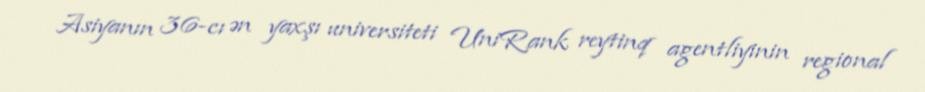
Asiyanın 36-cı ən yaxşı universiteti UniRank reytinq agentliyinin regional